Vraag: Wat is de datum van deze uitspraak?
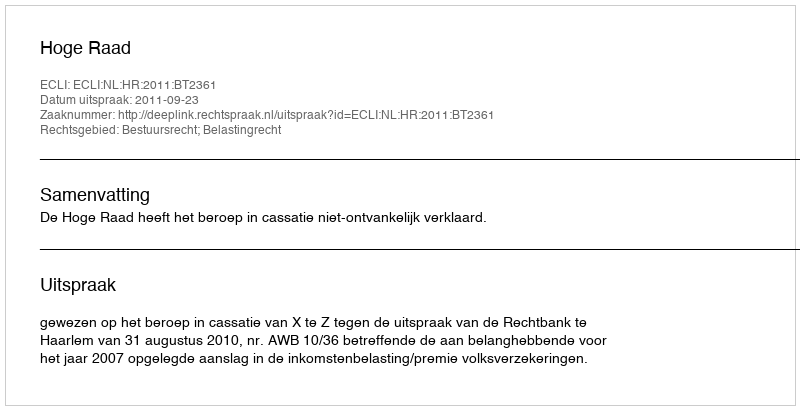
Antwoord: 2011-09-23